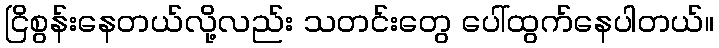
ငြိစွန်းနေတယ်လို့လည်း သတင်းတွေ ပေါ်ထွက်နေပါတယ်။